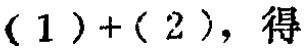
$(1)+(2)，得$